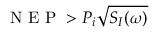
\mathrm { ~ N ~ E ~ P ~ } > P _ { i } \sqrt { S _ { I } ( \omega ) }